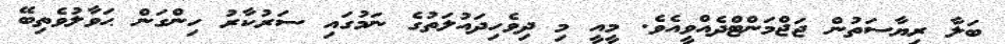
ބަލާ ރިޔާސަތުން ޖަޖްމަންޓްދެއްވީއެވެ. މީއީ މި ދިވެހިދައުލަތުގެ ނަމުގައި ސަރުކާރު ހިންގަން ޙަވާލުވެތިބޭ